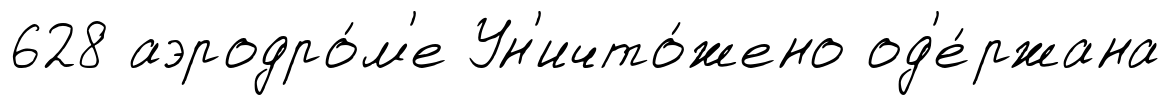
628 аэродро́м'е Ун'ичто́жено од'е́ржана